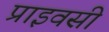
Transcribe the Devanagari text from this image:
प्राइवसी